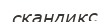
скандикс